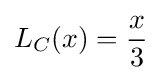
L_{C}(x)={\frac {x}{3}}